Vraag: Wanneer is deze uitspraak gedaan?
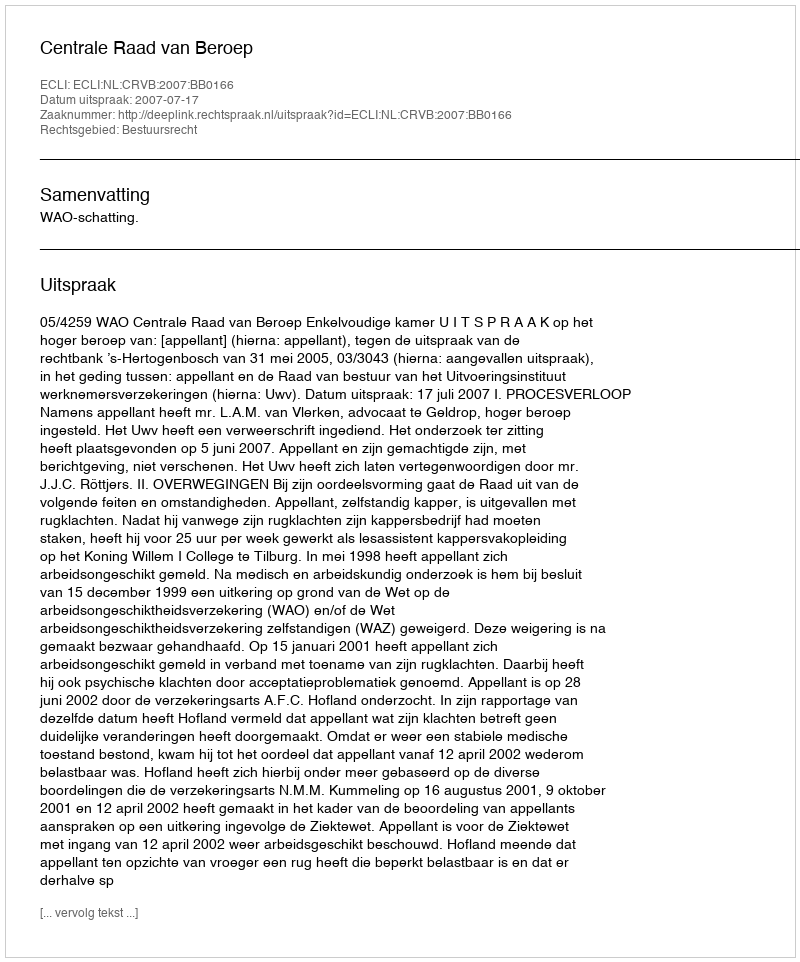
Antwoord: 2007-07-17